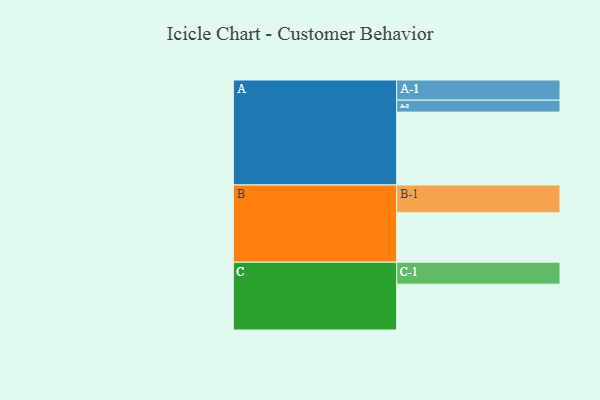
{"axis": {"x": "Segment", "y": "Value"}, "legend": ["", "A", "B", "C"], "data": [{"x": "A", "y": 590, "type": ""}, {"x": "B", "y": 400, "type": ""}, {"x": "C", "y": 371, "type": ""}, {"x": "A-1", "y": 163, "type": "A"}, {"x": "A-2", "y": 97, "type": "A"}, {"x": "B-1", "y": 225, "type": "B"}, {"x": "C-1", "y": 178, "type": "C"}]}